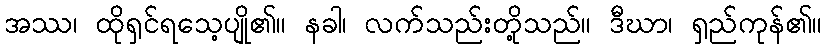
အဿ၊ ထိုရှင်ရသေ့ပျို၏။ နခါ၊ လက်သည်းတို့သည်။ ဒီဃာ၊ ရှည်ကုန်၏။